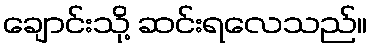
ချောင်းသို့ ဆင်းရလေသည်။